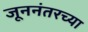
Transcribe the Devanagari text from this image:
जूननंतरच्या